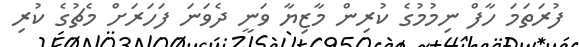
ފުރަތަމަ ހާފް ނިމުމުގެ ކުރިން މާޒިޔާ ވަނީ ދެވަނަ ފަހަރަށް މެޗުގެ ކުރި